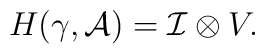
H(\gamma,{\cal A})={\cal{I}}\otimes V.